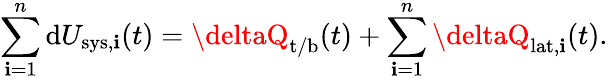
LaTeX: \sum_{\mathbf{i}=1}^{n}\mathrm{{d}}U_{\mathrm{{sys}},\mathbf{i}}(t)=\deltaQ_{\mathrm{{t/b}}}(t)+\sum_{\mathbf{i}=1}^{n}\deltaQ_{\mathrm{{lat}},\mathbf{i}}(t).